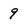
Character: 9